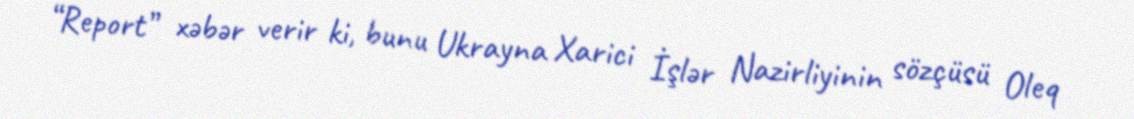
“Report” xəbər verir ki, bunu Ukrayna Xarici İşlər Nazirliyinin sözçüsü Oleq